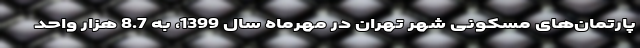
پارتمان‌های مسکونی شهر تهران در مهرماه سال 1399، به 8.7 هزار واحد